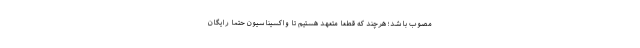
مصوب باشد؛ هرچند که قطعاً متعهد هستیم تا واکسیناسیون حتماً رایگان